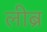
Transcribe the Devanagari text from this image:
लीब्र